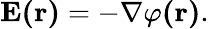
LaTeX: \mathbf{E(r)}=-\nabla\varphi\mathbf{(r)}.